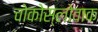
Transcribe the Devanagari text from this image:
चोकोस्लोवाक